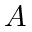
A